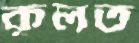
কূলত